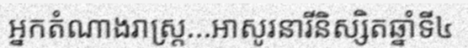
អ្នកតំណាងរាស្ត្រ...អាសូរនារីនិស្សិតឆ្នាំទី៤